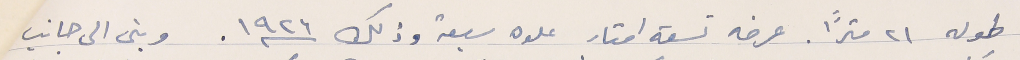
طوله ٢١ متراً. عرضه تسعة امتار علوه سبعة وذلك سنة ١٩٢٦. وبنى الى جانب